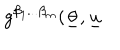
g ^ { \beta _ { 1 } . . . \beta _ { m } } ( \underline { { { \theta } } } , \underline { { { u } } }